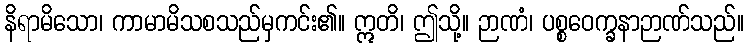
နိရာမိသော၊ ကာမာမိသစသည်မှကင်း၏။ ဣတိ၊ ဤသို့။ ဉာဏံ၊ ပစ္စဝေက္ခနာဉာဏ်သည်။